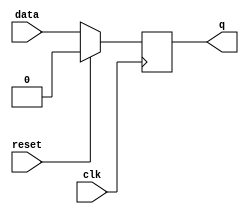
`timescale 1ns / 1ps

module FF_D (
data   , // Data Input
clk    , // Clock Input
reset  , // Reset input
q        // Q output
);
//-----------Input Ports---------------
input data, clk, reset ; 

//-----------Output Ports---------------
output q;

//------------Internal Variables--------
reg q;

//-------------Code Starts Here---------
always @ ( posedge clk)
if (reset) begin
  q <= 1'b0;
end  else begin
  q <= data;
end

endmodule